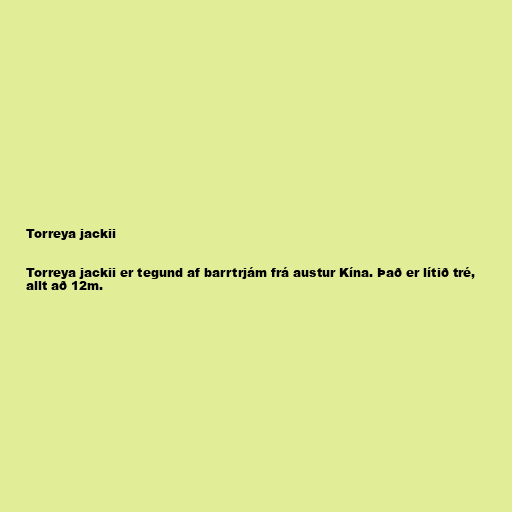
Torreya jackii

Torreya jackii er tegund af barrtrjám frá austur Kína. Það er lítið tré,
allt að 12m.